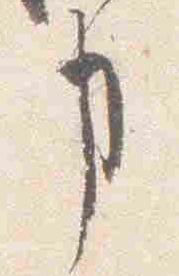
事